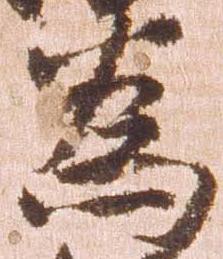
為